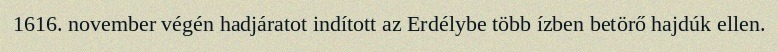
1616. november végén hadjáratot indított az Erdélybe több ízben betörő hajdúk ellen.